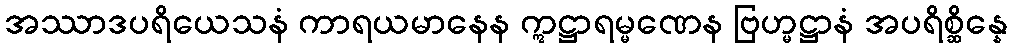
အဿာဒပရိယေသနံ ကာရယမာနေန ဣဋ္ဌာရမ္မဏေန ဗြဟ္မဋ္ဌာနံ အပရိစ္ဆိန္နေ